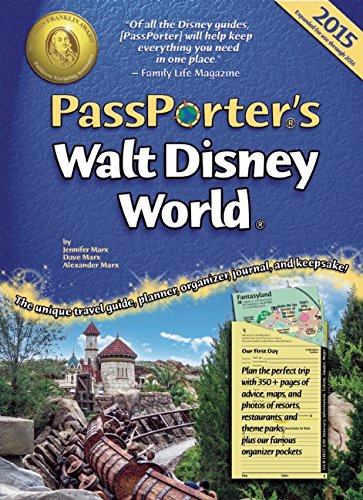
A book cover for PassPorter's Walt Disney World 2015: The Unique Travel Guide, Planner, Organizer, Journal, and Keepsake!; Jennifer Marx; Travel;